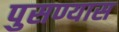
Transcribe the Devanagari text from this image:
पुसण्यास